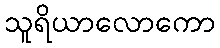
သူရိယာလောကော